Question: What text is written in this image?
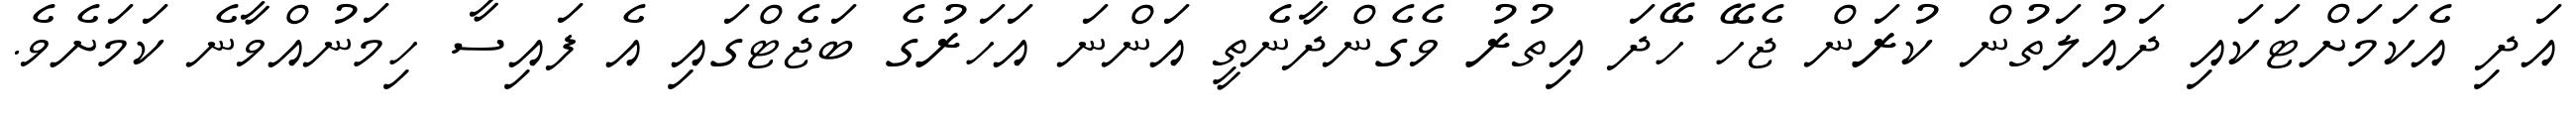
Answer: އަދި އެކަމަށްޓަކައި ދައުލަތުން ކުރަން ޖެހޭ ހޭދަ އިތުރު ވެގެންދާނެތީ އަންނަ އަހަރުގެ ބަޖެޓްގައި އެ ފައިސާ ހިމަނުއްވާނެ ކަމަށެވެ.